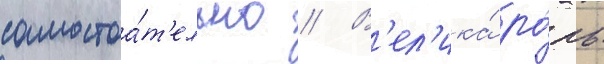
самостоа́т'ельно // В'ел'ика́ ро́ль